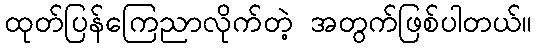
ထုတ်ပြန်ကြေညာလိုက်တဲ့ အတွက်ဖြစ်ပါတယ်။